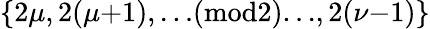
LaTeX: \{ 2\mu,2(\mu{+}1),{\ldots}(\textrm{mod}2){\ldots},2(\nu{-}1)\}